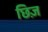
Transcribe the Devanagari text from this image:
छिज़